Civil Veterinary Dept. Bombay admin report 1932-41 - 1932-1941
Year: 1932
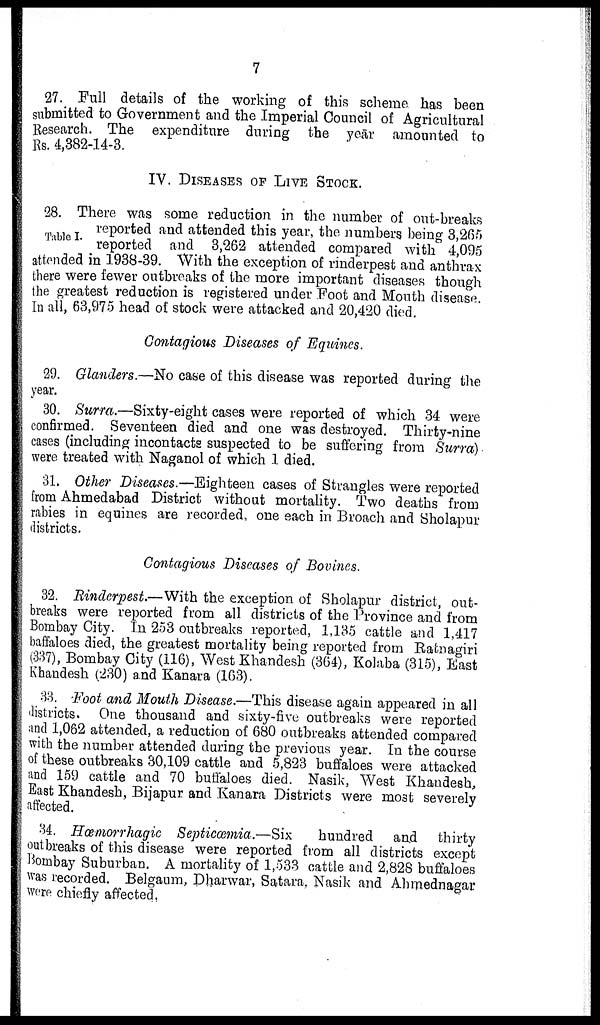
7
27. Full details of the working of this scheme has been
submitted to Government and the Imperial Council of Agricultural
Research. The expenditure during the year amounted to
Rs. 4,382-14-3.
IV. DISEASES OF LIVE STOCK.
28. There was some reduction in the number of out-breaks
Table I. reported and attended this year, the numbers being 3,265
reported and 3,262 attended compared with 4,095
attended in 1938-39. With the exception of rinderpest and anthrax
there were fewer outbreaks of the more important diseases though
the greatest reduction is registered under Foot and Mouth disease.
In all, 63,975 head of stock were attacked and 20,420 died.
Contagious Diseases of Equines.
29. Glanders.—No case of this disease was reported during the
year.
30. Surra.—Sixty-eight cases were reported of which 34 were
confirmed. Seventeen died and one was destroyed. Thirty-nine
cases (including incontacts suspected to be suffering from Surra)
were treated with Naganol of which 1 died.
31. Other Diseases.—Eighteen cases of Strangles were reported
from Ahmedabad District without mortality. Two deaths from
rabies in equines are recorded, one each in Broach and Sholapur
districts.
Contagious Diseases of Bovines.
32. Rinderpest.—With the exception of Sholapur district, out-
breaks were reported from all districts of the Province and from
Bombay City. In 253 outbreaks reported, 1,135 cattle and 1,417
baffaloes died, the greatest mortality being reported from Ratnagiri
(337), Bombay City (116), West Khandesh (364), Kolaba (315), East
Khandesh (230) and Kanara (163).
33. Foot and Mouth Disease.—This disease again appeared in all
districts. One thousand and sixty-five outbreaks were reported
and 1,062 attended, a reduction of 680 outbreaks attended compared
with the number attended during the previous year. In the course
of these outbreaks 30,109 cattle and 5,823 buffaloes were attacked
and 159 cattle and 70 buffaloes died. Nasik, West Khandesh,
East Khandesh, Bijapur and Kanara Districts were most severely
affected.
34. Hæmorrhagic Septicæmia.—Six
hundred and thirty
outbreaks of this disease were reported from all districts except
Bombay Suburban. A mortality of 1,533 cattle and 2,828 buffaloes
was recorded. Belgaum, Dharwar, Satara, Nasik and Ahmednagar
were chiefly affected.